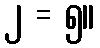
၂ = ၅။